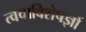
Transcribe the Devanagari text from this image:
त्वचाविशेषज्ञों